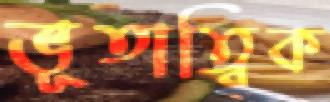
ভূতাত্বিক